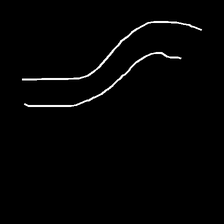
Glyph: float